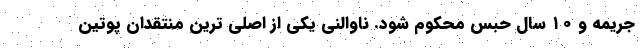
جریمه و ۱۰ سال حبس محکوم شود. ناوالنی یکی از اصلی ترین منتقدان پوتین